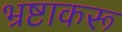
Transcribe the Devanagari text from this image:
भ्रष्टाकरू